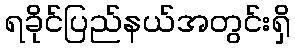
ရခိုင်ပြည်နယ်အတွင်းရှိ